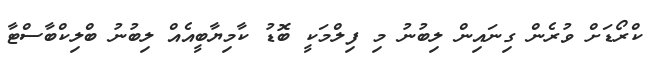
ކްރޯޑަށް ވުރެން ގިނައިން ލިބުނު މި ފިލްމަކީ ބޮޑު ކާމިޔާބީއެއް ލިބުނު ބްލިކްބާސްޓާ